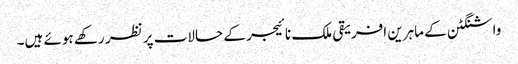
واشنگٹن کے ماہرین افریقی ملک نائیجر کے حالات پر نظر رکھے ہوئے ہیں۔